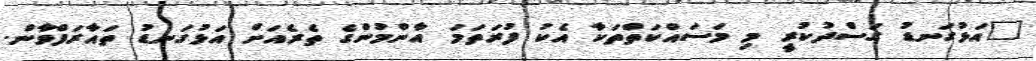
"އަޅުގަނޑު ގަސްދުކުރީ މި މަސައްކަތްތަކާ އެކު ފުރަތަމަ އާންމުންގެ ތެރެއަށް އަޅުގަނޑު ތައާރަފްވާން.